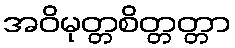
အဝိမုတ္တစိတ္တတ္တာ